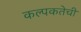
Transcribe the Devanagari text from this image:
कल्पकतेची